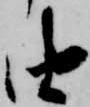
由